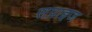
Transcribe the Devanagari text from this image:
सप्राइज